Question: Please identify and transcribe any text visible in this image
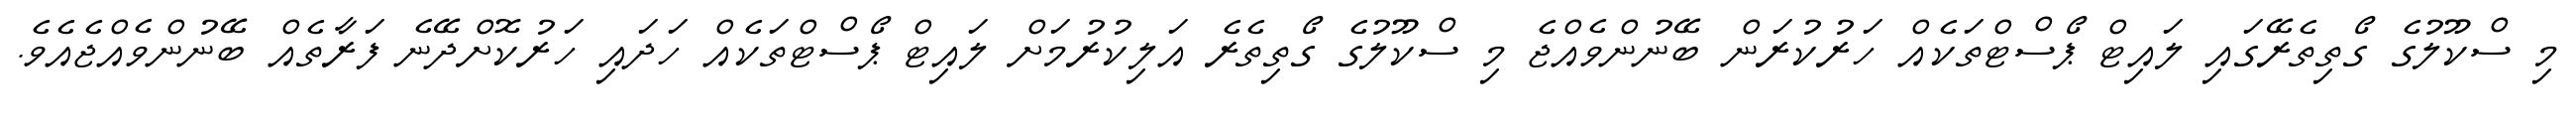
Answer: މި ސްކޫލުގެ ގޯތިތެރޭގައި ލައިޓް ޕޯސްޓްތަކެއް ހަރުކުރަން ބޭނުންވެއްޖެ މި ސްކޫލުގެ ގޯތިތެރެ އަލިކުރުމަށް ލައިޓް ޕޯސްޓްތަކެއް ހަދައި ހަރުކޮށްދޭނެ ފަރާތެއް ބޭނުންވެއްޖެއެވެ.